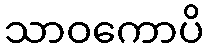
သာဝကောပိ